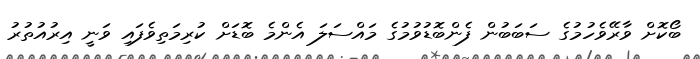
ބޯކޮށް ވާރޭވެހުމުގެ ސަބަބުން ފެންބޮޑުވުމުގެ މައްސަލަ އެންމެ ބޮޑަށް ކުރިމަތިވެފައި ވަނީ އިރުއުތުރު